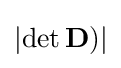
\left|\operatorname {det} \mathbf {D} )\right|